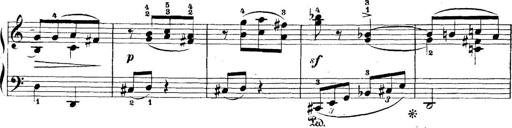
Title: 5 Sonatinas
Composer: Theodor Kirchner